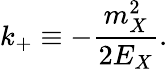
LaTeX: k_{+}\equiv-\frac{m_{X}^{2}}{2E_{X}}.